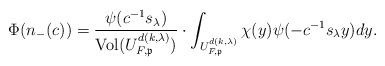
LaTeX: \begin{align*}\Phi(n_{-}(c)) = \frac{\psi( c^{-1} s_\lambda) }{\mathrm{Vol}(U^{d(k,\lambda)}_{F,\mathfrak{p}})} \cdot \int_{U^{d(k,\lambda)}_{F,\mathfrak{p}}} \chi( y) \psi(- c^{-1} s_\lambda y)dy.\end{align*}